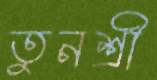
তুনশ্রী